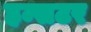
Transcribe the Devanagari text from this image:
हम्सटर